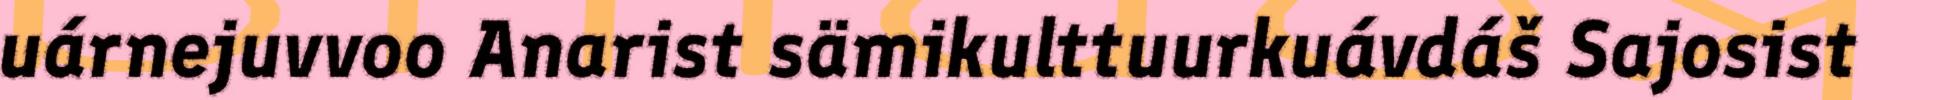
uárnejuvvoo Anarist sämikulttuurkuávdáš Sajosist